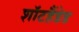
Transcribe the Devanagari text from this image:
शॉटहैंडेड